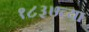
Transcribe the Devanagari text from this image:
१८३७च्या